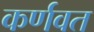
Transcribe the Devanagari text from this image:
कर्णवत